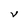
Character: V